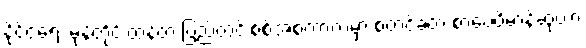
နိုင်ငံရေး မုန်တိုင်းထန်တဲ့ ပြည်တွင်းစစ်အစကာလမှာ စတင်ခဲ့တဲ့ စာပေဗိမာန်ဆုဟာ